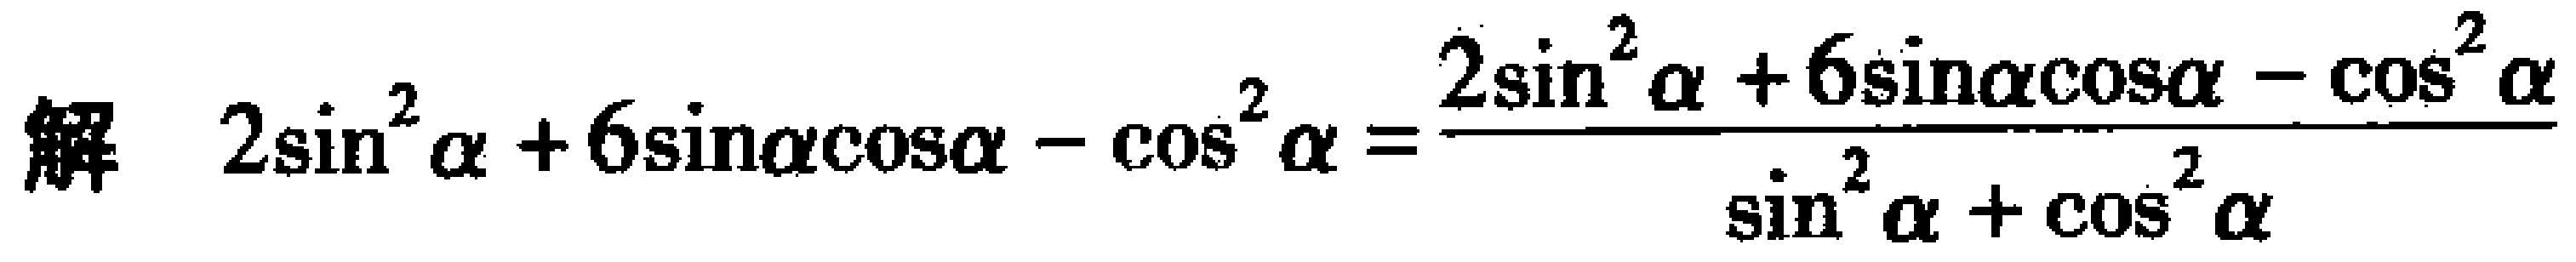
解 \(2\sin^{2}\alpha + 6\sin\alpha\cos\alpha - \cos^{2}\alpha=\frac{2\sin^{2}\alpha + 6\sin\alpha\cos\alpha - \cos^{2}\alpha}{\sin^{2}\alpha+\cos^{2}\alpha}\)